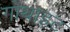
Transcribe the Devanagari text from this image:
गोथाइट